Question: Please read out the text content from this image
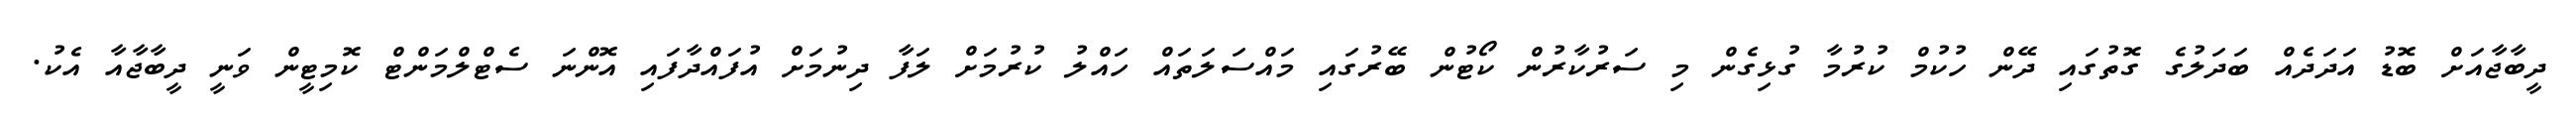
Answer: ދީބާޖާއަށް ބޮޑު އަދަދެއް ބަދަލުގެ ގޮތުގައި ދޭން ހުކުމް ކުރުމާ ގުޅިގެން މި ސަރުކާރުން ކޯޓުން ބޭރުގައި މައްސަލަތައް ހައްލު ކުރުމަށް ލަފާ ދިނުމަށް އުފައްދާފައި އޮންނަ ސެޓްލްމަންޓް ކޮމިޓީން ވަނީ ދީބާޖާއާ އެކު.